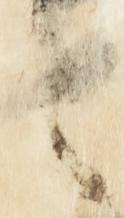
之